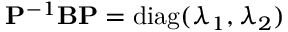
{ \bf P } ^ { - 1 } { \bf B } { \bf P } = \mathrm { d i a g } ( \lambda _ { 1 } , \lambda _ { 2 } )